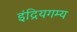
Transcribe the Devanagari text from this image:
इंद्रियगम्य